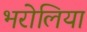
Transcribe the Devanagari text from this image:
भरोलिया